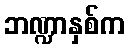
ဘဏ္ဍာနှစ်က